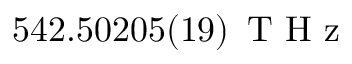
5 4 2 . 5 0 2 0 5 ( 1 9 ) \ensuremath { \, \mathrm { ~ T ~ H ~ z ~ } }